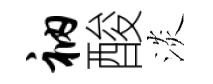
衲酸淡